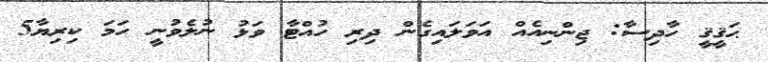
ޙަޤީޤީ ހާދިސާ: ޖިންނިއެއް އަވަލައިގެން ދިރި ހުއްޓާ ވަޅު ނުލެވުނީ ހަމަ ކިރިޔާ5